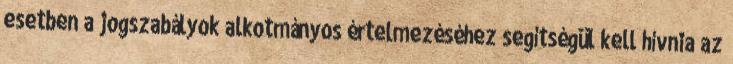
esetben a jogszabályok alkotmányos értelmezéséhez segítségül kell hívnia az